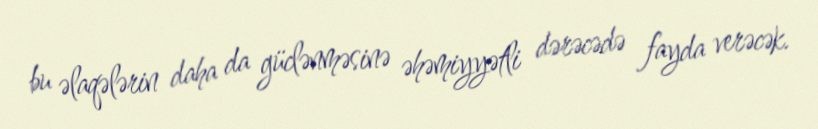
bu əlaqələrin daha da güclənməsinə əhəmiyyətli dərəcədə fayda verəcək.